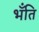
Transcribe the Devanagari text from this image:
भँति